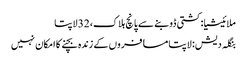
ملائیشیا: کشتی ڈوبنے سے پانچ ہلاک، 32 لاپتا
بنگلہ دیش: لاپتا مسافروں کے زندہ بچنے کا امکان نہیں